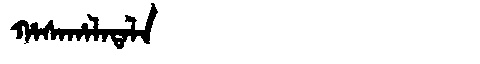
Manchu: ᡥᠠᠰᠠᡥᠠᠯᠠᡨᠠᠯᠠ
Romanization: HASAHALATALA